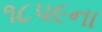
૧૮૫૯ના